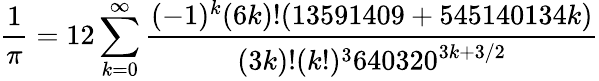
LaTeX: {\frac{1}{\pi}}=12\sum_{k=0}^{\infty}{\frac{(-1)^{k}(6k)!(13591409+545140134k)}{(3k)!(k!)^{3}640320^{3k+3/2}}}